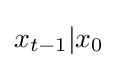
{\textstyle x_{t-1}|x_{0}}